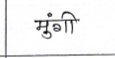
मजकूर: मुंगी